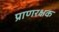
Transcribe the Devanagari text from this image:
प्राणरक्षक